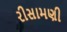
રીસામણી